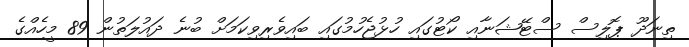
ތިނަދޫ ޕޮލިސް ސްޓޭޝަނާއި ކޯޓުގައި ހުޅުޖެހުމުގައި ބައިވެރިވިކަމަށް ބުނެ ދައުލަތުން 89 މީހެއްގެ